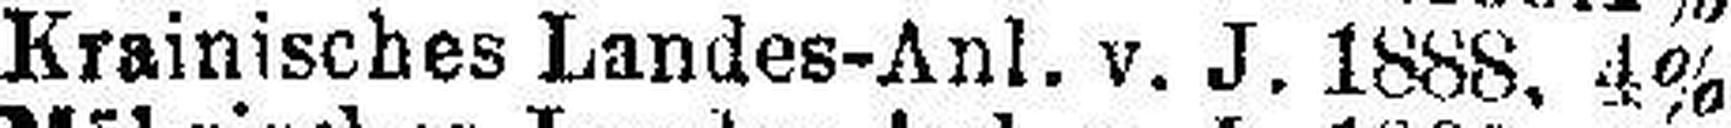
Krainisches Landes-Anl. v. J. 1888, 4%